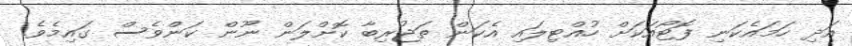
އަދި ހަމައެކަނި ފޮޓޯއަކަށް ހުއްޓިލައި އެކަން ތަޖުރިބާ ކޮށްލަން ނޫން ކަންވެސް ގައިމެވެ.